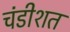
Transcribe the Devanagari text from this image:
चंडीशत